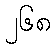
၂၆၈